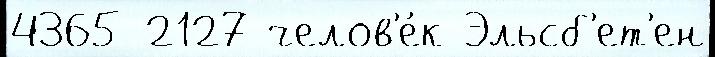
4365 2127 челов'е́к Эльсб'ет'ен